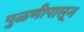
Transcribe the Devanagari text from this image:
पुळणीपासून